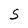
Character: S